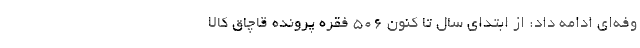
وفه‌ای ادامه داد: از ابتدای سال تا کنون ۵۰۶ فقره پرونده قاچاق کالا